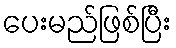
ပေးမည်ဖြစ်ပြီး